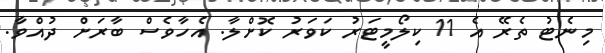
މިނެޓު ތެރޭ އެ 11 ކިލޯމީޓަރު ކަވަރު ކޮށްލާ. އެހާވެސް ބާރަށް ދުއްވާ.